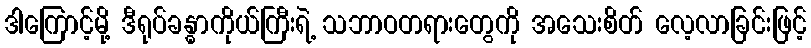
ဒါကြောင့်မို့ ဒီရုပ်ခန္ဓာကိုယ်ကြီးရဲ့ သဘာဝတရားတွေကို အသေးစိတ် လေ့လာခြင်းဖြင့်